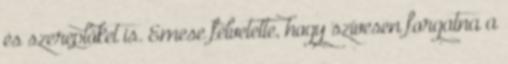
és szereplőket is. Emese felvetette, hogy szívesen forgatna a